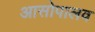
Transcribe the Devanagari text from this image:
आसोपालव